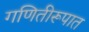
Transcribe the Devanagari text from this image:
गणितीरूपात